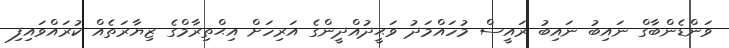
ވަންޑެންބާގް ނައިބު ނައިބު ރައީސް މުހައްމަދު ވަޙީދުއްދީންގެ އަރިހަށް އިޙްތިރާމްގެ ޒިޔާރަތެއް ކުރައްވައިފި